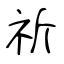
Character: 祈